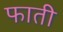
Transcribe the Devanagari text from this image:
फाती